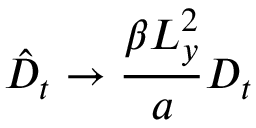
\hat { D } _ { t } \rightarrow \frac { \beta L _ { y } ^ { 2 } } { a } D _ { t }